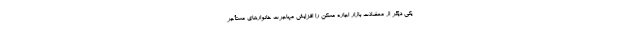
یکی دیگر از معضلات بازار اجاره مسکن را افزایش مهاجرت خانوارهای مستأجر